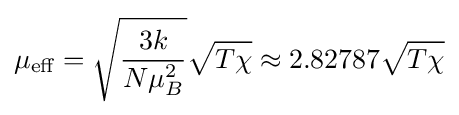
\mu _{\text{eff}}={\sqrt {3k \over N\mu _{B}^{2}}}{\sqrt {T\chi }}\approx 2.82787{\sqrt {T\chi }}